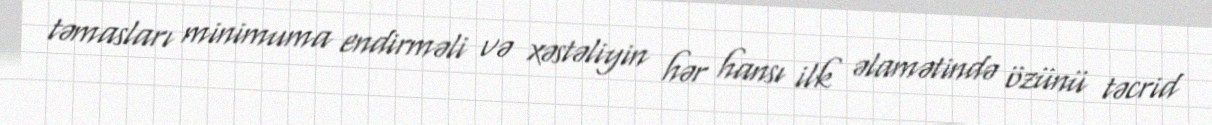
təmasları minimuma endirməli və xəstəliyin hər hansı ilk əlamətində özünü təcrid